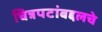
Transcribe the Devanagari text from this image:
चित्रपटांबद्दलचे